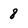
Character: 8